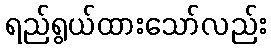
ရည်ရွယ်ထားသော်လည်း